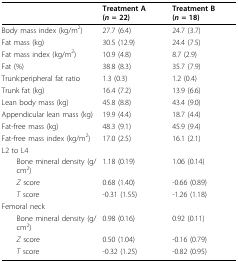
<table><thead><tr><td></td><td><b>Treatment A (<i>n </i>= 22)</b></td><td><b>Treatment B (<i>n </i>= 18)</b></td></tr></thead><tbody><tr><td>Body mass index (kg/m<sup>2</sup>)</td><td>27.7 (6.4)</td><td>24.7 (3.7)</td></tr><tr><td>Fat mass (kg)</td><td>30.5 (12.9)</td><td>24.4 (7.5)</td></tr><tr><td>Fat mass index (kg/m<sup>2</sup>)</td><td>10.9 (4.8)</td><td>8.7 (2.9)</td></tr><tr><td>Fat (%)</td><td>38.8 (8.3)</td><td>35.7 (7.9)</td></tr><tr><td>Trunk:peripheral fat ratio</td><td>1.3 (0.3)</td><td>1.2 (0.4)</td></tr><tr><td>Trunk fat (kg)</td><td>16.4 (7.2)</td><td>13.9 (6.6)</td></tr><tr><td>Lean body mass (kg)</td><td>45.8 (8.8)</td><td>43.4 (9.0)</td></tr><tr><td>Appendicular lean mass (kg)</td><td>19.9 (4.4)</td><td>18.7 (4.4)</td></tr><tr><td>Fat-free mass (kg)</td><td>48.3 (9.1)</td><td>45.9 (9.4)</td></tr><tr><td>Fat-free mass index (kg/m<sup>2</sup>)</td><td>17.0 (2.5)</td><td>16.1 (2.1)</td></tr><tr><td>L2 to L4</td><td></td><td></td></tr><tr><td> Bone mineral density (g/cm<sup>2</sup>)</td><td>1.18 (0.19)</td><td>1.06 (0.14)</td></tr><tr><td> <i>Z </i>score</td><td>0.68 (1.40)</td><td>-0.66 (0.89)</td></tr><tr><td> <i>T </i>score</td><td>-0.31 (1.55)</td><td>-1.26 (1.18)</td></tr><tr><td>Femoral neck</td><td></td><td></td></tr><tr><td> Bone mineral density (g/cm<sup>2</sup>)</td><td>0.98 (0.16)</td><td>0.92 (0.11)</td></tr><tr><td> <i>Z </i>score</td><td>0.50 (1.04)</td><td>-0.16 (0.79)</td></tr><tr><td> <i>T </i>score</td><td>-0.32 (1.25)</td><td>-0.82 (0.95)</td></tr></tbody></table>